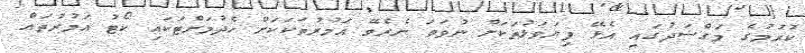
ކުރުމުގެ މަގްސަދުގައި އެޅޭ ފިޔަވަޅުތަކަށް ނުވަތަ ނެރެވޭ އަމުރުތަކަކަށް ހެދުމަށްޓަކައި ކޯޓު އަމުރުތައް